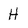
Character: H